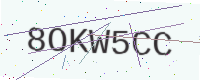
Text: 8OKW5CC